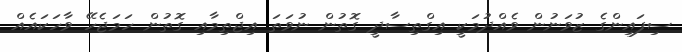
ސިފައިންގެ ޒުވަނުން ވެއްދުމަކީ އިގްތިސާދީ ގޮތުން ނުވަތަ އިޖްތިމާއި ގޮތުން ހަމަޖެހޭ ވާހަކައެއް